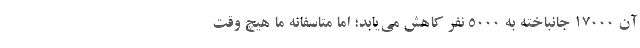
آن ۱۷۰۰۰ جانباخته به ۵۰۰۰ نفر کاهش می‌یابد؛ اما متاسفانه ما هیچ وقت